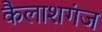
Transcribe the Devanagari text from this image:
कैलाशगंज